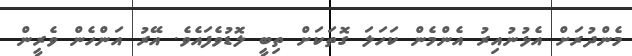
މެންދުރަށް އެޅުނުއިރު އެންމެން ކަހަލަ ގޮތަކަށް ތިބީ ލޮޑުވެފައެވެ. އޭރު އަންހެން ވެރީން